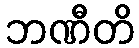
ဘဏီတိ